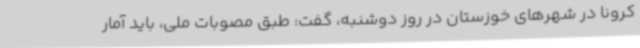
کرونا در شهرهای خوزستان در روز دوشنبه، گفت: طبق مصوبات ملی، باید آمار